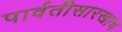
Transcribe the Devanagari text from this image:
पार्वतीसारखाच